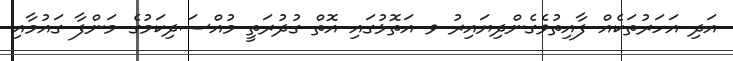
އަދި އަހަރުތަކެއް ފާއިތުވެގެންދިޔައިރު ވ އަތޮޅުގައި އޮތް ގުދުރަތީ މުއްސަދިކަމުގެ މަންފާ ގައުމާއި